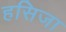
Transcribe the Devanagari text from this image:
हसिजा